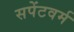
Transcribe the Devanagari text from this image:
सपेंटवर्म